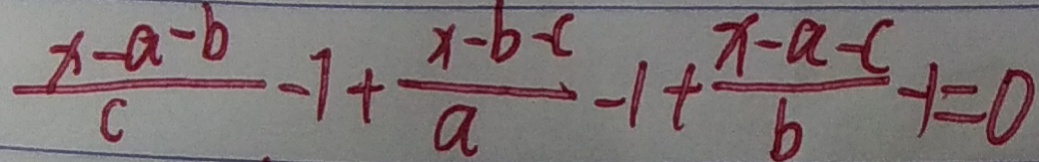
\frac { x - a - b } { c } - 1 + \frac { x - b - c } { a } - 1 + \frac { x - a - c } { b } - 1 = 0